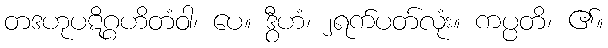
တဒဟုပဋိဂ္ဂဟိတံဝါ၊ ပေ။ ဒွီဟံ၊ ၂ရက်ပတ်လုံး။ ကပ္ပတိ၊ ၏။